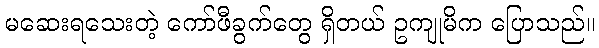
မဆေးရသေးတဲ့ ကော်ဖီခွက်တွေ ရှိတယ် ဥကျုမိက ပြောသည်။